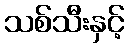
သစ်သီးနှင့်